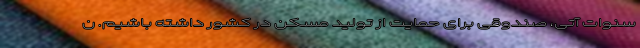
سنوات آتی، صندوقی برای حمایت از تولید مسکن در کشور داشته باشیم. ن